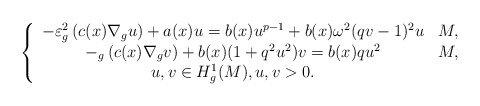
\begin{align*}\left\{\begin{array}[c]{cc}-\varepsilon^{2}_{g}\left( c(x)\nabla_{g}u\right)+a(x)u=b(x)u^{p-1}+b(x)\omega^{2}(qv-1)^{2}u & M,\\-_{g}\left( c(x)\nabla_{g}v\right) +b(x)(1+q^{2}u^{2})v=b(x)qu^{2}& M,\\u,v\in H_{g}^{1}(M),u,v>0. &\end{array}\right. \end{align*}